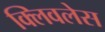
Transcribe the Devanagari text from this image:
क्लिवलेस